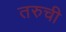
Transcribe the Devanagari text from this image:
तरुची